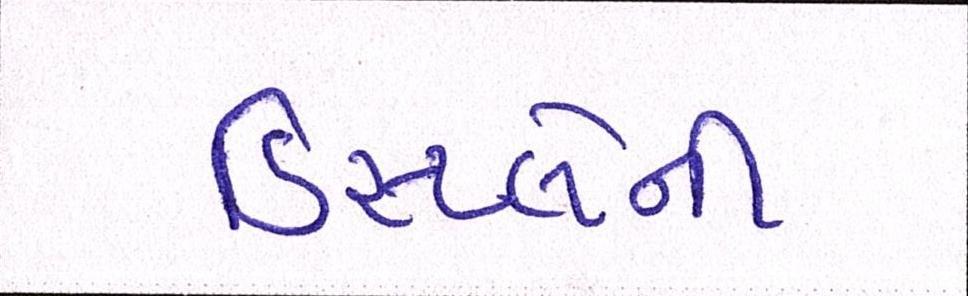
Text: ડિસ્પ્લેની